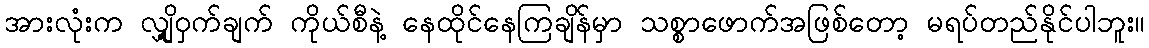
အားလုံးက လျှို့ဝှက်ချက် ကိုယ်စီနဲ့ နေထိုင်နေကြချိန်မှာ သစ္စာဖောက်အဖြစ်တော့ မရပ်တည်နိုင်ပါဘူး။